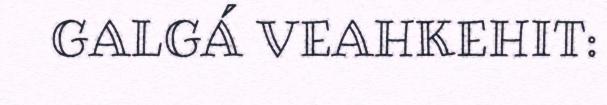
GALGÁ VEAHKEHIT: